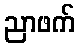
ညာဖက်